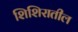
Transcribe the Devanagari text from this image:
शिशिरातील